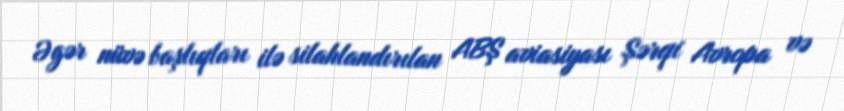
Əgər nüvə başlıqları ilə silahlandırılan ABŞ aviasiyası Şərqi Avropa və